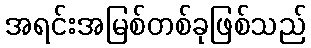
အရင်းအမြစ်တစ်ခုဖြစ်သည်